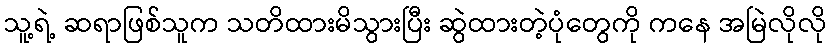
သူ့ရဲ့ ဆရာဖြစ်သူက သတိထားမိသွားပြီး ဆွဲထားတဲ့ပုံတွေကို ကနေ အမြဲလိုလို